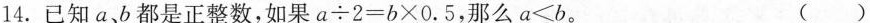
14. 已知a，b都是正整数，如果$$a \div 2 = b \times 0 . 5$$，那么$$a < b$$。 ()